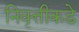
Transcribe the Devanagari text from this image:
निवृत्तीकडे